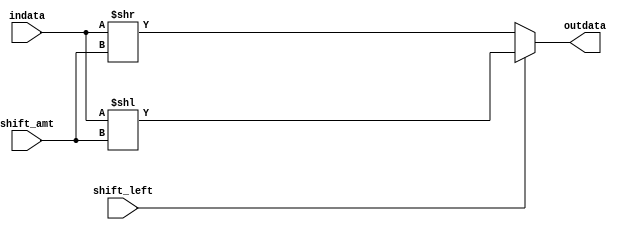
module Shifter(
	indata,
	shift_amt,
	shift_left,
	outdata
    );

input [31:0] indata;   //value before shift
input [1:0] shift_amt;  //amt to shift
input shift_left;      // if 1, shift, else, no shift
output wire [31:0] outdata;  //value after shift

/* Used for BEQ instruction; if true, branch to the instruction
*  with the address equal to the next instruction address + 16 bit offset shifted left by 2 bits
*
* If BEQ is false, continue to next instruction in PC 
*/

assign outdata = shift_left ? indata<<shift_amt : indata>>shift_amt;

endmodule